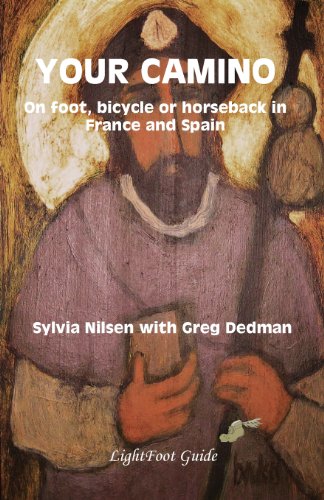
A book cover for Your Camino - A Lightfoot Guide to Practical Preparation for a Pilgrimage; Sylvia Nilsen; Travel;